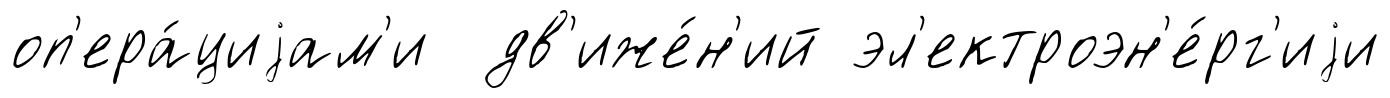
оп'ера́циjам'и дв'иже́н'ий эл'ектроэн'е́рг'иjи